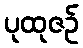
ပုထုဇဉ်